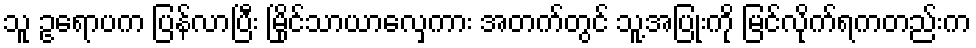
သူ ဥရောပက ပြန်လာပြီး မြိုင်သာယာလှေကား အတက်တွင် သူ့အပြုံးကို မြင်လိုက်ရကတည်းက